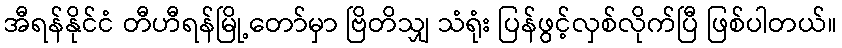
အီရန်နိုင်ငံ တီဟီရန်မြို့တော်မှာ ဗြိတိသျှ သံရုံး ပြန်ဖွင့်လှစ်လိုက်ပြီ ဖြစ်ပါတယ်။